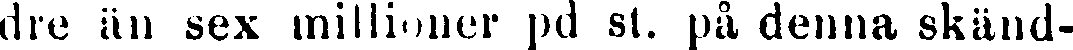
dre än sex millioner pd st. på denna skänd-